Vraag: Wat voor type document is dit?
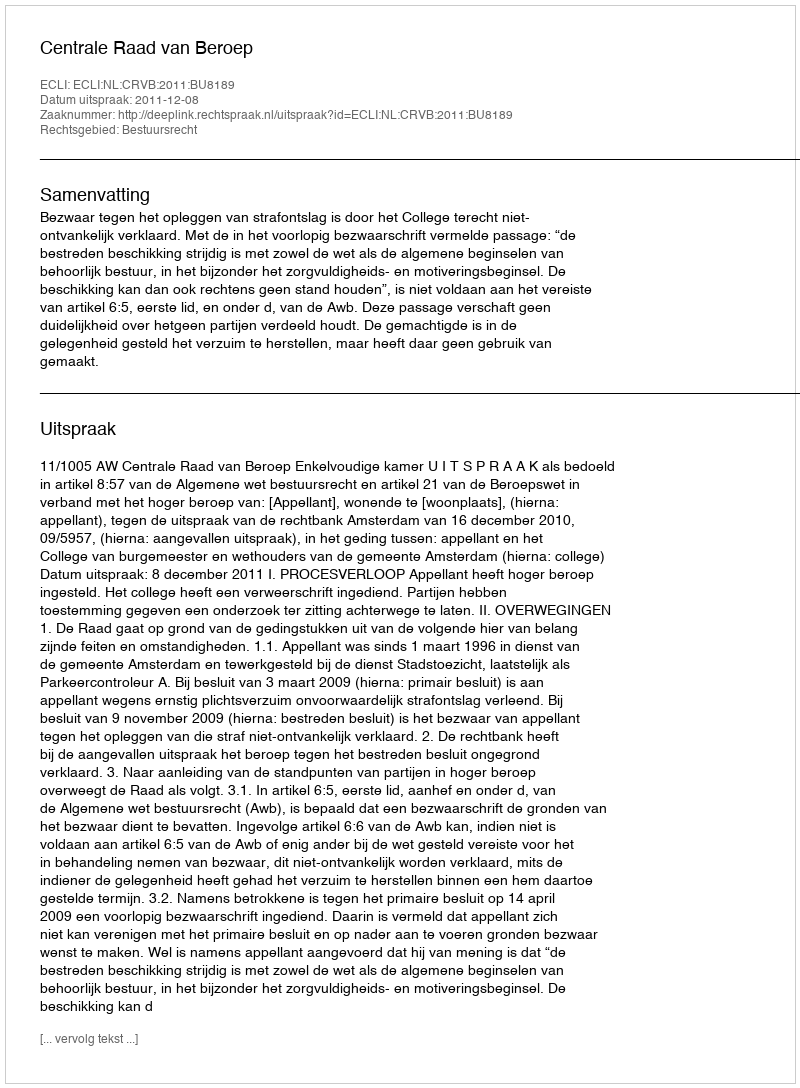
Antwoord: Uitspraak